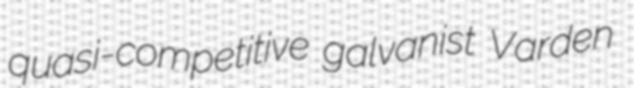
quasi-competitive galvanist Varden